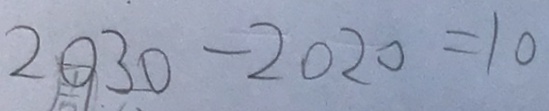
2 0 3 0 - 2 0 2 0 = 1 0